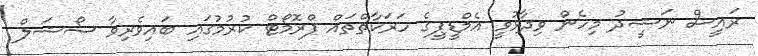
ރައީސް ނަޝީދު މިހެން ވިދާޅުވީ އެމްޑީޕީގެ ހަރަކާތްތައް ޕްރޮމޯޓް ކުރުމުގައި ބައިވެރިވާ ސޯޝަލް